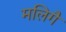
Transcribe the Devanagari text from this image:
मलिगै